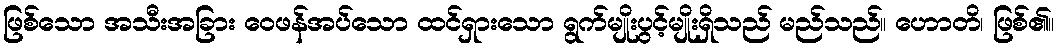
ဖြစ်သော အသီးအခြား ဝေဖန်အပ်သော ထင်ရှားသော ရွက်မျိုးပွင့်မျိုးရှိသည် မည်သည်။ ဟောတိ၊ ဖြစ်၏။